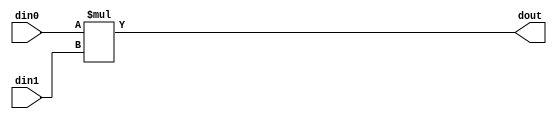
// ==============================================================
// Vitis HLS - High-Level Synthesis from C, C++ and OpenCL v2020.3 (64-bit)
// Copyright 1986-2021 Xilinx, Inc. All Rights Reserved.
// ==============================================================

`timescale 1 ns / 1 ps

module inPlaceNTT_DIT_mul_69ns_6ns_75_1_1(din0, din1, dout);
parameter ID = 1;
parameter NUM_STAGE = 0;
parameter din0_WIDTH = 69;
parameter din1_WIDTH = 6;
parameter dout_WIDTH = 75;
input [din0_WIDTH - 1 : 0] din0; 
input [din1_WIDTH - 1 : 0] din1; 
output [dout_WIDTH - 1 : 0] dout;

assign dout = $signed({1'b0, din0}) * $signed({1'b0, din1});
endmodule